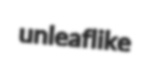
unleaflike